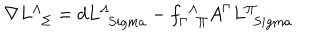
LaTeX: \nabla L _ { \ \ \Sigma } ^ { \Lambda } = d L _ { \ \, S i g m a } ^ { \Lambda } - f _ { \Gamma \ \ \Pi } ^ { \, \ \Lambda } A ^ { \Gamma } L _ { \ \, S i g m a } ^ { \Pi }